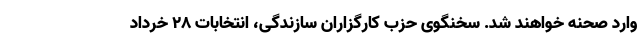
وارد صحنه خواهند شد. سخنگوی حزب کارگزاران سازندگی، انتخابات ۲۸ خرداد